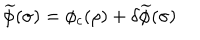
LaTeX: \widetilde { \phi } ( \sigma ) = \phi _ { c } ( \rho ) + \delta \widetilde { \phi } ( \sigma )